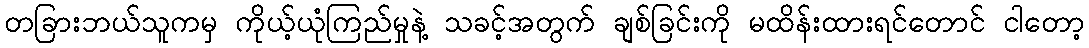
တခြားဘယ်သူကမှ ကိုယ့်ယုံကြည်မှုနဲ့ သခင့်အတွက် ချစ်ခြင်းကို မထိန်းထားရင်တောင် ငါတော့